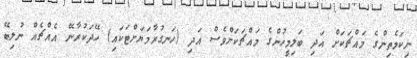
ނިކަމެތިންގެ މައްޗަކަށް އަދި ބަލިމީހުންގެ މައްޗަކަށްވެސް އަދި (ހަނގުރާމަޔަށްޓަކައި) ހޭދަކުރާނޭ އެއްޗެއް ނުލިބޭ